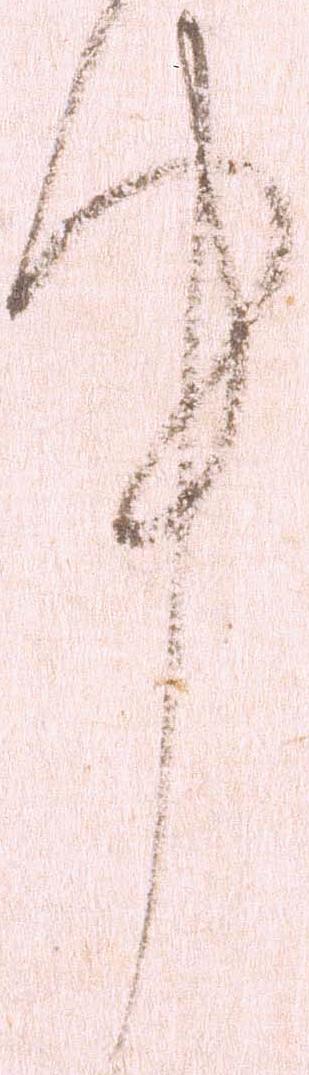
件